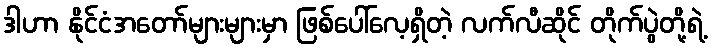
ဒါဟာ နိုင်ငံအတော်များများမှာ ဖြစ်ပေါ်လေ့ရှိတဲ့ လက်လီဆိုင် တိုက်ပွဲတို့ရဲ့